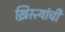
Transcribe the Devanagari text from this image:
ख्रिस्त्यांची